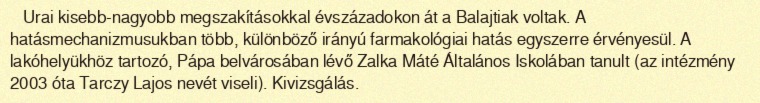
Urai kisebb-nagyobb megszakításokkal évszázadokon át a Balajtiak voltak. A hatásmechanizmusukban több, különböző irányú farmakológiai hatás egyszerre érvényesül. A lakóhelyükhöz tartozó, Pápa belvárosában lévő Zalka Máté Általános Iskolában tanult (az intézmény 2003 óta Tarczy Lajos nevét viseli). Kivizsgálás.